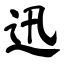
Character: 迅